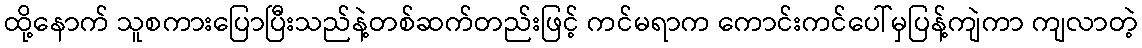
ထို့နောက် သူစကားပြောပြီးသည်နဲ့တစ်ဆက်တည်းဖြင့် ကင်မရာက ကောင်းကင်ပေါ်မှပြန့်ကျဲကာ ကျလာတဲ့